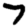
Digit: 7